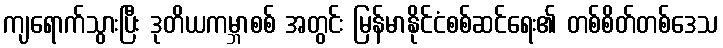
ကျရောက်သွားပြီး ဒုတိယကမ္ဘာစစ် အတွင်း မြန်မာနိုင်ငံစစ်ဆင်ရေး၏ တစ်စိတ်တစ်ဒေသ